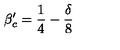
\beta _ { c } ^ { \prime } = \frac { 1 } { 4 } - \frac { \delta } { 8 }